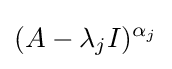
(A-\lambda _{j}I)^{\alpha _{j}}